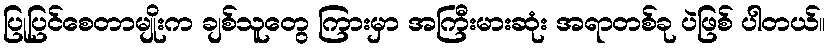
ပြုပြင်စေတာမျိုးက ချစ်သူတွေ ကြားမှာ အကြီးမားဆုံး အရာတစ်ခု ပဲဖြစ် ပါတယ်။